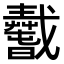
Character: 𢨢